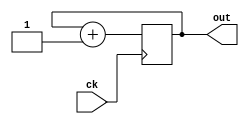
module  count4(out,ck);
  output	[3:0] out;
  input		ck;
  reg		[3:0] q;
  always @(posedge ck) begin
	q <= q+1;
  end
  assign out = q;
endmodule